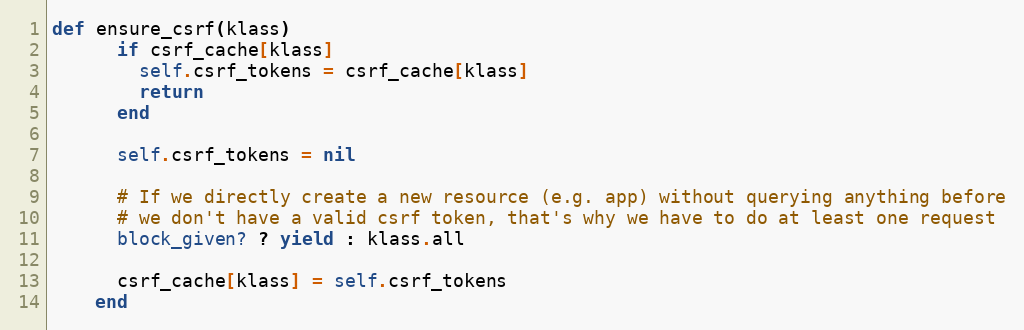
Language: Ruby
def ensure_csrf(klass)
      if csrf_cache[klass]
        self.csrf_tokens = csrf_cache[klass]
        return
      end

      self.csrf_tokens = nil

      # If we directly create a new resource (e.g. app) without querying anything before
      # we don't have a valid csrf token, that's why we have to do at least one request
      block_given? ? yield : klass.all

      csrf_cache[klass] = self.csrf_tokens
    end